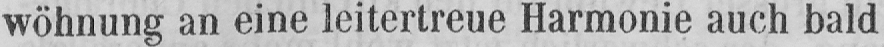
wöhnung an eine leitertreue Harmonie auch bald